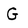
Character: G